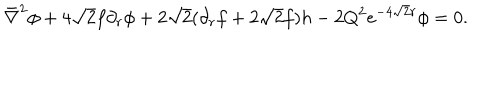
LaTeX: \bar { \nabla } ^ { 2 } \phi + 4 \sqrt 2 f \partial _ { r } \phi + 2 \sqrt 2 ( \partial _ { r } f + 2 \sqrt 2 f ) h - 2 Q ^ { 2 } e ^ { - 4 \sqrt 2 r } \phi = 0 .